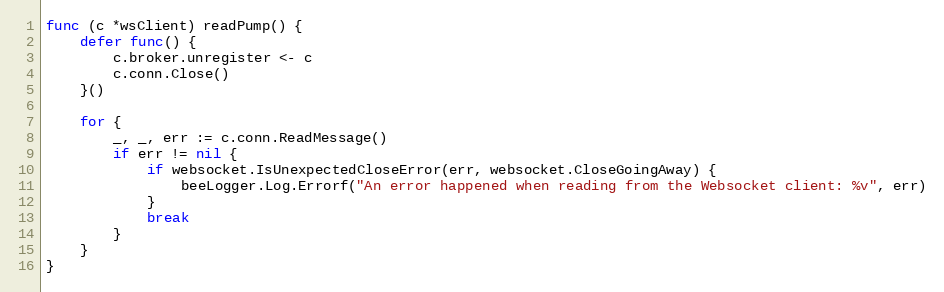
Language: Go
func (c *wsClient) readPump() {
	defer func() {
		c.broker.unregister <- c
		c.conn.Close()
	}()

	for {
		_, _, err := c.conn.ReadMessage()
		if err != nil {
			if websocket.IsUnexpectedCloseError(err, websocket.CloseGoingAway) {
				beeLogger.Log.Errorf("An error happened when reading from the Websocket client: %v", err)
			}
			break
		}
	}
}